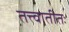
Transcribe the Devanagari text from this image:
तत्त्वातीतः